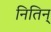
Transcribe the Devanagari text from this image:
नितिन्